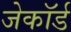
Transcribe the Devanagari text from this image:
जेकॉर्ड